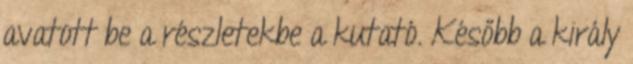
avatott be a részletekbe a kutató. Később a király